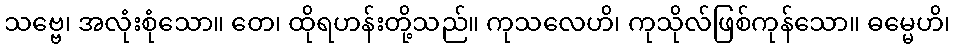
သဗ္ဗေ၊ အလုံးစုံသော။ တေ၊ ထိုရဟန်းတို့သည်။ ကုသလေဟိ၊ ကုသိုလ်ဖြစ်ကုန်သော။ ဓမ္မေဟိ၊